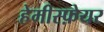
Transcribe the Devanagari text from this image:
हेमीस्फ़ेयर